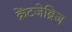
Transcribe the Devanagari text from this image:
क्रेंटजेब्रिज